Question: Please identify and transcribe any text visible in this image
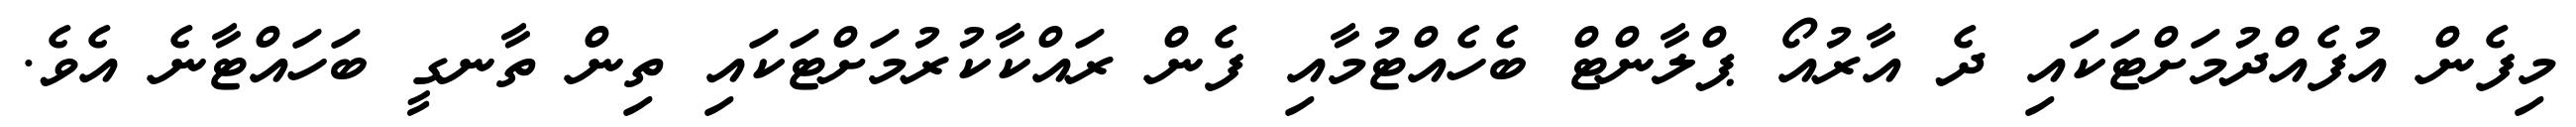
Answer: މިފެން އުފެއްދުމަށްޓަކައި ދެ އާރުއޯ ޕްލާންޓް ބެހެއްޓުމާއި ފެން ރައްކާކުރުމަށްޓަކައި ތިން ތާނގީ ބަހައްޓާނެ އެވެ.